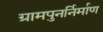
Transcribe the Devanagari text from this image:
ग्रामपुनर्निर्माण